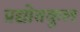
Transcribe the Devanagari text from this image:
प्रद्योतकुल